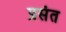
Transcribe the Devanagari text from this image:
प्रसंत